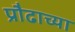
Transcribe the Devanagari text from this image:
प्रौढाच्या